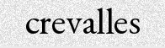
crevalles